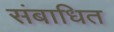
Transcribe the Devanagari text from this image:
संबाधित